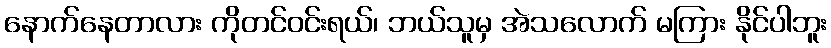
နောက်နေတာလား ကိုတင်ဝင်းရယ်၊ ဘယ်သူမှ အဲသလောက် မကြား နိုင်ပါဘူး